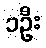
၁ဦး